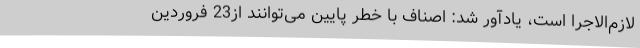
لازم‌الاجرا است، یادآور شد: اصناف با خطر پایین می‌توانند از23 فروردین